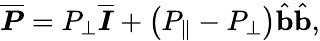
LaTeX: \overline{{\boldsymbol{P}}}=P_{\perp}\overline{{\boldsymbol{I}}}+\left(P_{\| }-P_{\perp}\right)\hat{\mathbf{b}}\hat{\mathbf{b}},